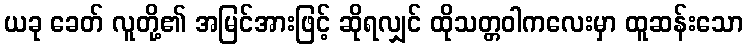
ယခု ခေတ် လူတို့၏ အမြင်အားဖြင့် ဆိုရလျှင် ထိုသတ္တဝါကလေးမှာ ထူဆန်းသော